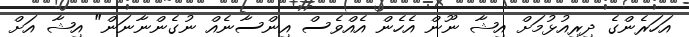
އަހަރެންގެ ދިރިއުޅުމަށް އިޝާ ނޫން އެހެން އެއްވެސް އިންސާނެއް ނުގެންނާނަން" އިޝާ އަށް